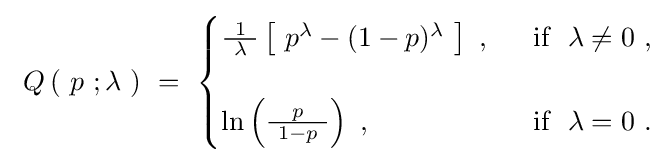
\ Q\left(\ p\ ;\lambda \ \right)~=~{\begin{cases}{\tfrac {1}{\ \lambda \ }}\left[\ p^{\lambda }-(1-p)^{\lambda }\ \right]\ ,&\ {\mbox{ if }}\ \lambda \neq 0~,\\{}\\\ln \left({\frac {p}{\ 1-p\ }}\right)~,&\ {\mbox{ if }}\ \lambda =0~.\end{cases}}